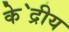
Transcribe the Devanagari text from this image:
के॓द्रीय